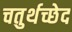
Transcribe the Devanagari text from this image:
चतुर्थच्छेद